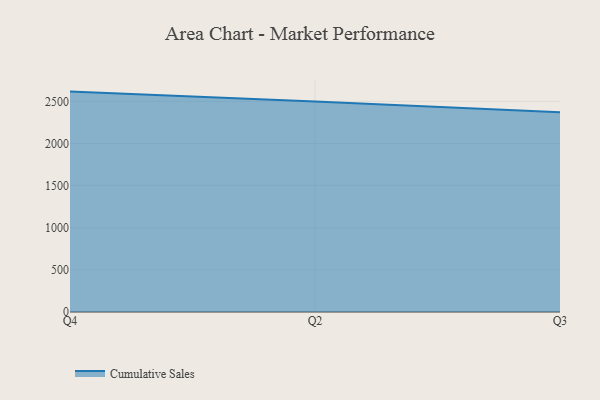
{"axis": {"x": "Quarter", "y": "Website Visitors"}, "legend": ["Cumulative Sales"], "data": [{"x": "Q4", "y": 2615.7, "type": "Cumulative Sales"}, {"x": "Q2", "y": 2498.9, "type": "Cumulative Sales"}, {"x": "Q3", "y": 2371.5, "type": "Cumulative Sales"}]}